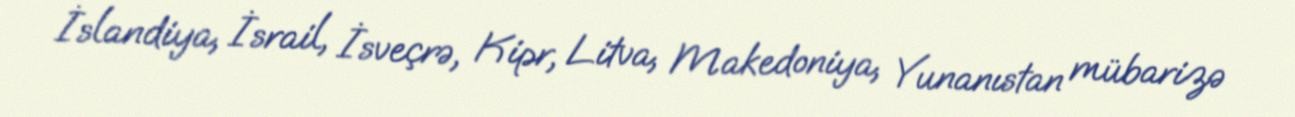
İslandiya, İsrail, İsveçrə, Kipr, Litva, Makedoniya, Yunanıstan mübarizə